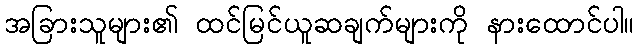
အခြားသူများ၏ ထင်မြင်ယူဆချက်များကို နားထောင်ပါ။